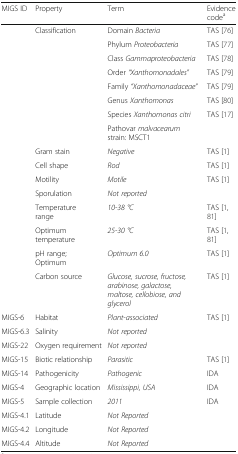
<table><thead><tr><td><b>MIGS ID</b></td><td><b>Property</b></td><td><b>Term</b></td><td><b>Evidence code<sup>a</sup></b></td></tr></thead><tbody><tr><td></td><td>Classification</td><td>Domain <i>Bacteria</i></td><td>TAS [76]</td></tr><tr><td></td><td></td><td>Phylum <i>Proteobacteria</i></td><td>TAS [77]</td></tr><tr><td></td><td></td><td>Class <i>Gammaproteobacteria</i></td><td>TAS [78]</td></tr><tr><td></td><td></td><td>Order <i>“Xanthomonadales”</i></td><td>TAS [79]</td></tr><tr><td></td><td></td><td>Family <i>“Xanthomonadaceae”</i></td><td>TAS [79]</td></tr><tr><td></td><td></td><td>Genus <i>Xanthomonas</i></td><td>TAS [80]</td></tr><tr><td></td><td></td><td>Species <i>Xanthomonas citri</i></td><td>TAS [17]</td></tr><tr><td></td><td></td><td>Pathovar <i>malvacearum</i> strain: MSCT1</td><td></td></tr><tr><td></td><td>Gram stain</td><td><i>Negative</i></td><td>TAS [1]</td></tr><tr><td></td><td>Cell shape</td><td><i>Rod</i></td><td>TAS [1]</td></tr><tr><td></td><td>Motility</td><td><i>Motile</i></td><td>TAS [1]</td></tr><tr><td></td><td>Sporulation</td><td><i>Not reported</i></td><td></td></tr><tr><td></td><td>Temperature range</td><td><i>10-38 °C</i></td><td>TAS [1, 81]</td></tr><tr><td></td><td>Optimum temperature</td><td><i>25-30 °C</i></td><td>TAS [1, 81]</td></tr><tr><td></td><td>pH range; Optimum</td><td><i>Optimum 6.0</i></td><td>TAS [1]</td></tr><tr><td></td><td>Carbon source</td><td><i>Glucose, sucrose, fructose, arabinose, galactose, maltose, cellobiose, and glycerol</i></td><td>TAS [1]</td></tr><tr><td>MIGS-6</td><td>Habitat</td><td><i>Plant-associated</i></td><td>TAS [1]</td></tr><tr><td>MIGS-6.3</td><td>Salinity</td><td><i>Not reported</i></td><td></td></tr><tr><td>MIGS-22</td><td>Oxygen requirement</td><td><i>Not reported</i></td><td></td></tr><tr><td>MIGS-15</td><td>Biotic relationship</td><td><i>Parasitic</i></td><td>TAS [1]</td></tr><tr><td>MIGS-14</td><td>Pathogenicity</td><td><i>Pathogenic</i></td><td>IDA</td></tr><tr><td>MIGS-4</td><td>Geographic location</td><td><i>Mississippi, USA</i></td><td>IDA</td></tr><tr><td>MIGS-5</td><td>Sample collection</td><td><i>2011</i></td><td>IDA</td></tr><tr><td>MIGS-4.1</td><td>Latitude</td><td><i>Not Reported</i></td><td></td></tr><tr><td>MIGS-4.2</td><td>Longitude</td><td><i>Not Reported</i></td><td></td></tr><tr><td>MIGS-4.4</td><td>Altitude</td><td><i>Not Reported</i></td><td></td></tr></tbody></table>